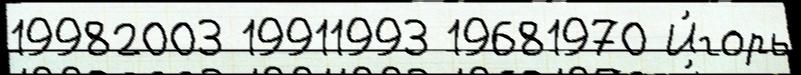
19982003 19911993 19681970 И́горь